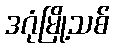
ဒဂုံမြို့သစ်